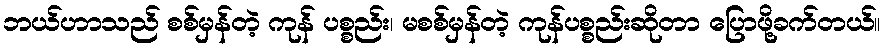
ဘယ်ဟာသည် စစ်မှန်တဲ့ ကုန် ပစ္စည်း၊ မစစ်မှန်တဲ့ ကုန်ပစ္စည်းဆိုတာ ပြောဖို့ခက်တယ်။